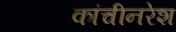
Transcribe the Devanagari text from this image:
कांचीनरेश